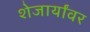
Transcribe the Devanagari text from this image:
शेजार्यांवर